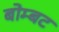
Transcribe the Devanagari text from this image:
बोम्बट